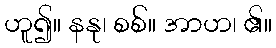
ဟူ၍။ နနု၊ စစ်။ အာဟ၊ ၏။